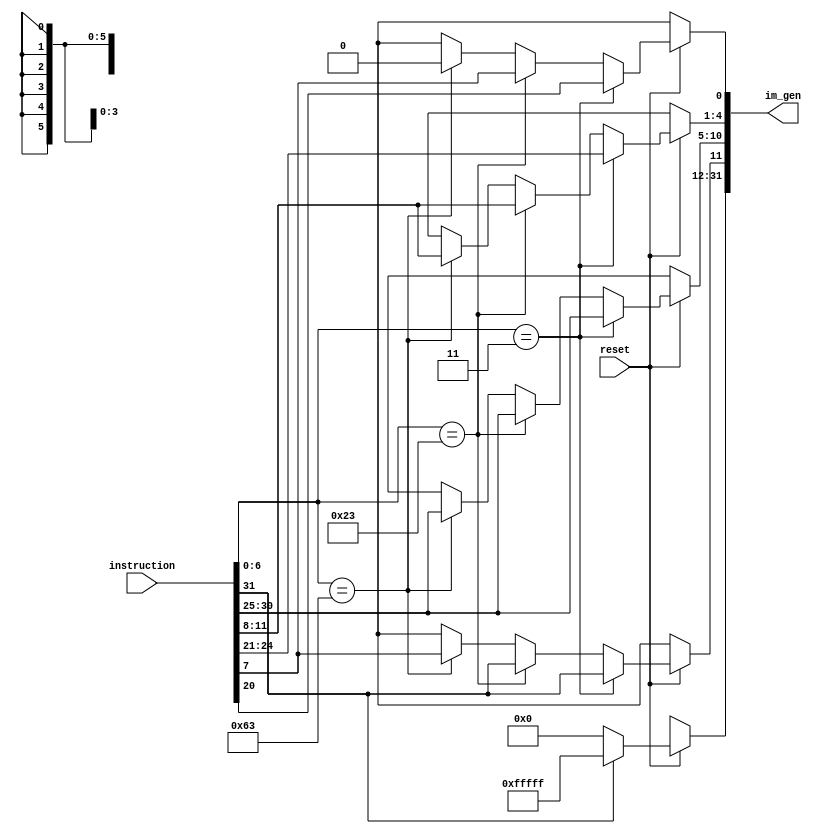
`timescale 1ns / 1ps
//////////////////////////////////////////////////////////////////////////////////
// Company: 
// Engineer: 
// 
// Design Name: 
// Module Name:    imm_gen 
// Project Name: 
// Target Devices: 
// Tool versions: 
// Description: 
//
// Dependencies: 
//
// Revision: 
// Revision 0.01 - File Created
// Additional Comments: 
//
//////////////////////////////////////////////////////////////////////////////////
// Generated by MyHDL 0.11


`timescale 1ns/10ps

module imm_gen (
    reset,
    instruction,
    im_gen
);


input reset;
input [31:0] instruction;
output [31:0] im_gen;
reg [31:0] im_gen1;


reg [31:0]x;

always @(instruction, reset) begin: IMM_GEN_IMMGEN
    //integer temp;
    if ((reset == 1)) begin
        if ((instruction[7-1:0] == 3)) begin
            im_gen1[12-1:0] <= instruction[32-1:20];
        end
        else if ((instruction[7-1:0] == 35)) begin
            im_gen1[12-1:5] <= instruction[32-1:25];
            im_gen1[5-1:0] <= instruction[12-1:7];
        end
        else if ((instruction[7-1:0] == 99)) begin
            im_gen1[12] <= instruction[31];
            im_gen1[11-1:5] <= instruction[31-1:25];
            im_gen1[11] <= instruction[7];
            im_gen1[5-1:1] <= instruction[12-1:8];
            im_gen1[0] <= 0;
        end
        //
        else
            im_gen1<=32'bX;
        //
        if ((instruction[31] == 0)) begin
            x=32'd0;
            im_gen1[32-1:(31 - 20)+1] <= x[19:0];
        end
        else if ((instruction[31] == 1))  begin
            //temp = ((2 ** 20) - 1);
			x=32'd1048575;
            im_gen1[32-1:(31 - 20)+1] <= x[19:0];
        end
        else 
            im_gen1<=32'bX;
    end
    //
    else
        im_gen1<=32'bX;
    //
end
assign im_gen=im_gen1;
endmodule